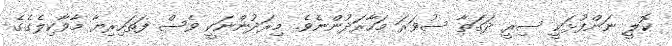
ކޮލީ ނަންފުޅަކީ ސިރީ ދަގަތާ ސުވަރަ މަހާރަދުންނެވެ. މިރަދުންނަކީ ވެސް ފަތަހިރިޔާ މާވާކިލެގެގެ